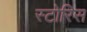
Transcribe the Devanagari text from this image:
स्टोरिस